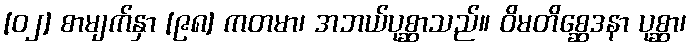
[၀၂] စာမျက်နှာ [၉၈] ကတမာ၊ အဘယ်ပုစ္ဆာသည်။ ဝိမတိစ္ဆေဒနာ ပုစ္ဆာ၊